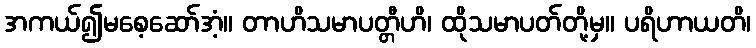
အကယ်၍မစေ့ဆော်အံ့။ တာဟိသမာပတ္တီဟိ၊ ထိုသမာပတ်တို့မှ။ ပရိဟာယတိ၊